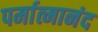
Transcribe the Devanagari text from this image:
पर्मात्मानंद